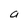
Character: a